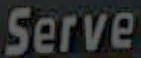
Serve